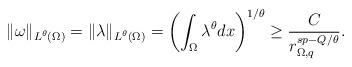
LaTeX: \begin{align*}\|\omega \|_{L^{\theta}(\Omega)}=\|\lambda \|_{L^{\theta}(\Omega)}=\left(\int_{\Omega}\lambda^{\theta} dx\right)^{1/\theta}\geq\frac{C}{r_{\Omega,q}^{sp-Q/\theta}}.\end{align*}